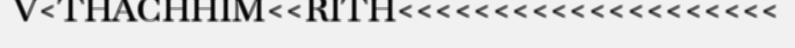
V<THACHHIM<<RITH<<<<<<<<<<<<<<<<<<<<